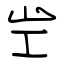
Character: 㞬